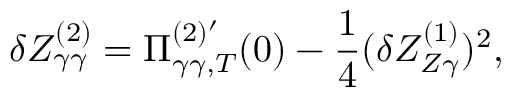
\delta Z _ { \gamma \gamma } ^ { ( 2 ) } = \Pi _ { \gamma \gamma , T } ^ { ( 2 ) ^ { \prime } } ( 0 ) - \frac { 1 } { 4 } ( \delta Z _ { Z \gamma } ^ { ( 1 ) } ) ^ { 2 } ,